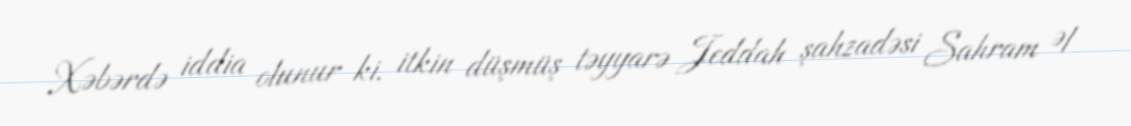
Xəbərdə iddia olunur ki, itkin düşmüş təyyarə Jeddah şahzadəsi Sahram Əl